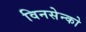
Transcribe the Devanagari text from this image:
विनसेन्को